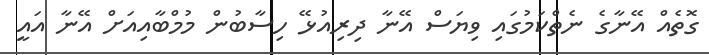
ގޮތެއް އޭނާގެ ނެތްކަމުގައި ވިޔަސް އޭނާ ދިރިއުޅޭ ހިސާބުން މުމްބާއިއަށް އޭނާ އައީ